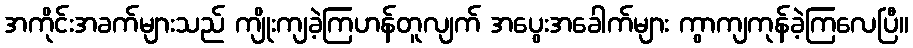
အကိုင်းအခက်များသည် ကျိုးကျခဲ့ကြဟန်တူလျက် အပွေးအခေါက်များ ကွာကျကုန်ခဲ့ကြလေပြီ။